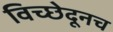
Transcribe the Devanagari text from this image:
विच्छेदूनच